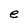
Character: e